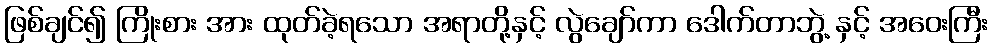
ဖြစ်ချင်၍ ကြိုးစား အား ထုတ်ခဲ့ရသော အရာတို့နှင့် လွဲချော်ကာ ဒေါက်တာဘွဲ့ နှင့် အဝေးကြီး